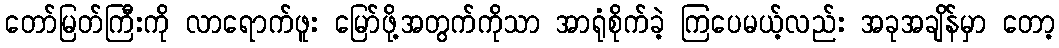
တော်မြတ်ကြီးကို လာရောက်ဖူး မြော်ဖို့အတွက်ကိုသာ အာရုံစိုက်ခဲ့ ကြပေမယ့်လည်း အခုအချိန်မှာ တော့